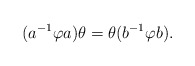
\begin{align*} (a^{-1} \varphi a) \theta = \theta (b^{-1} \varphi b). \end{align*}